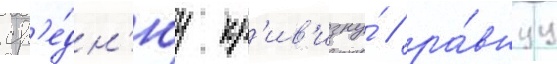
ср'е́дн'юу кр'ив'изну́ / ра́внуу